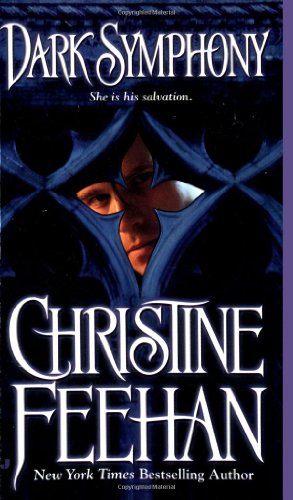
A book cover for Dark Symphony (The Carpathians (Dark) Series, Book 9); Christine Feehan; Romance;